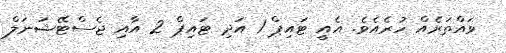
ވައްތަރެއް ހުރެއެވެ. އެއީ ޓައިޕް 1 އަދި ޓައިޕް 2 އާއި ޖެސްޓޭޝަނަލް